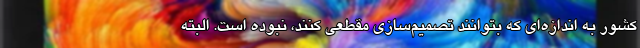
کشور به اندازه‌ای که بتوانند تصمیم‌سازی مقطعی کنند، نبوده است. البته